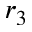
r _ { 3 }